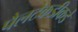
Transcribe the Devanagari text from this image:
पैलटेकडीकडे